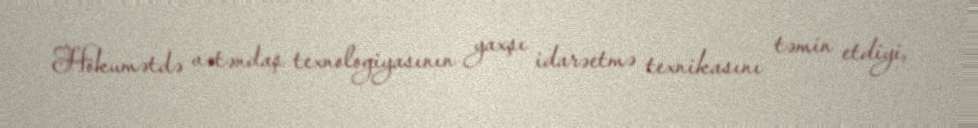
Hökumətdə vətəndaş texnologiyasının yaxşı idarəetmə texnikasını təmin etdiyi,